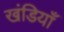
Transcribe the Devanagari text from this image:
खंडियाँ